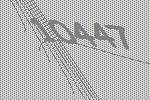
10447